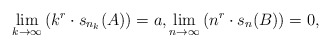
\begin{align*} \lim_{k \to \infty} \left( k^r \cdot s_{n_k}(A) \right) = a, \lim_{n \to \infty} \left( n^r \cdot s_{n}(B) \right) = 0,\end{align*}